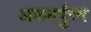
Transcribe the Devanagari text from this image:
अकबर्पुरम